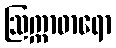
ဩက္ကာဓာရော